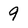
Character: 9